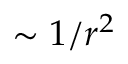
\sim 1 / r ^ { 2 }